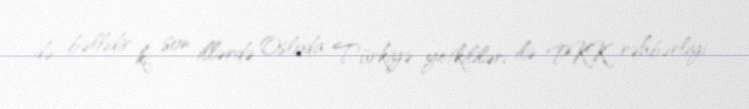
də bəllidir ki, son illərdə Osloda Türkiyə yetkililəri ilə PKK rəhbərliyi